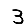
Digit: 3